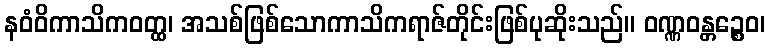
နဝံဝိကာသိကဝတ္ထ၊ အသစ်ဖြစ်သောကာသိကရာဇ်တိုင်းဖြစ်ပုဆိုးသည်။ ဝဏ္ဏဝန္တဉ္စေဝ၊